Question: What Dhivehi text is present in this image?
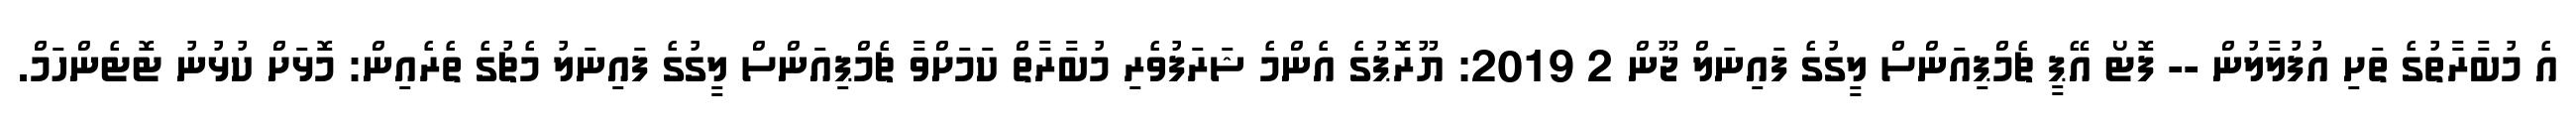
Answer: އެ މުބާރާތުގެ ތަށި އުފުލާލުން -- ފޮޓޯ އޭޕީ ޗެމްޕިއަންސް ލީގުގެ ފައިނަލް ޖޫން 2 2019: ޔޫރޮޕުގެ އެންމެ ޝަރަފުވެރި މުބާރާތް ކަމަށްވާ ޗެމްޕިއަންސް ލީގުގެ ފައިނަލު މެޗުގެ ތެރެއިން: މޮޅަށް ކުޅުނު ޓޮޓެންހަމް.